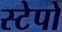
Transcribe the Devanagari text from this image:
स्टेपो